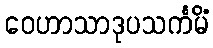
ဝေဟာသာဒုပသင်္ကမိံ